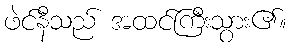
ဖဲင်နီသည် အထင်ကြီးသွား၏။